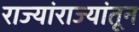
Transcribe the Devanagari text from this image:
राज्यांराज्यांतून